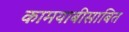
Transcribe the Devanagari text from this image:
कामयाबीसाबित